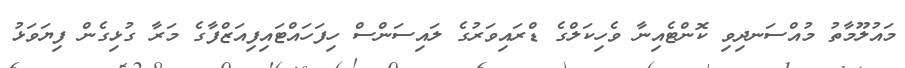
މައުލޫމާތު މުއްސަނދިވި ކޮންޓެއިނާ ވެހިކަލްގެ ޑްރައިވަރުގެ ލައިސަންސް ހިފަހައްޓައިފިއަޒްފާގެ މަރާ ގުޅިގެން ފިޔަވަޅު